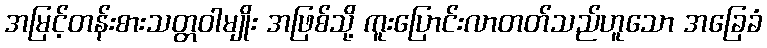
အမြင့်တန်းစားသတ္တဝါမျိုး အဖြစ်သို့ ကူးပြောင်းလာတတ်သည်ဟူသော အခြေခံ